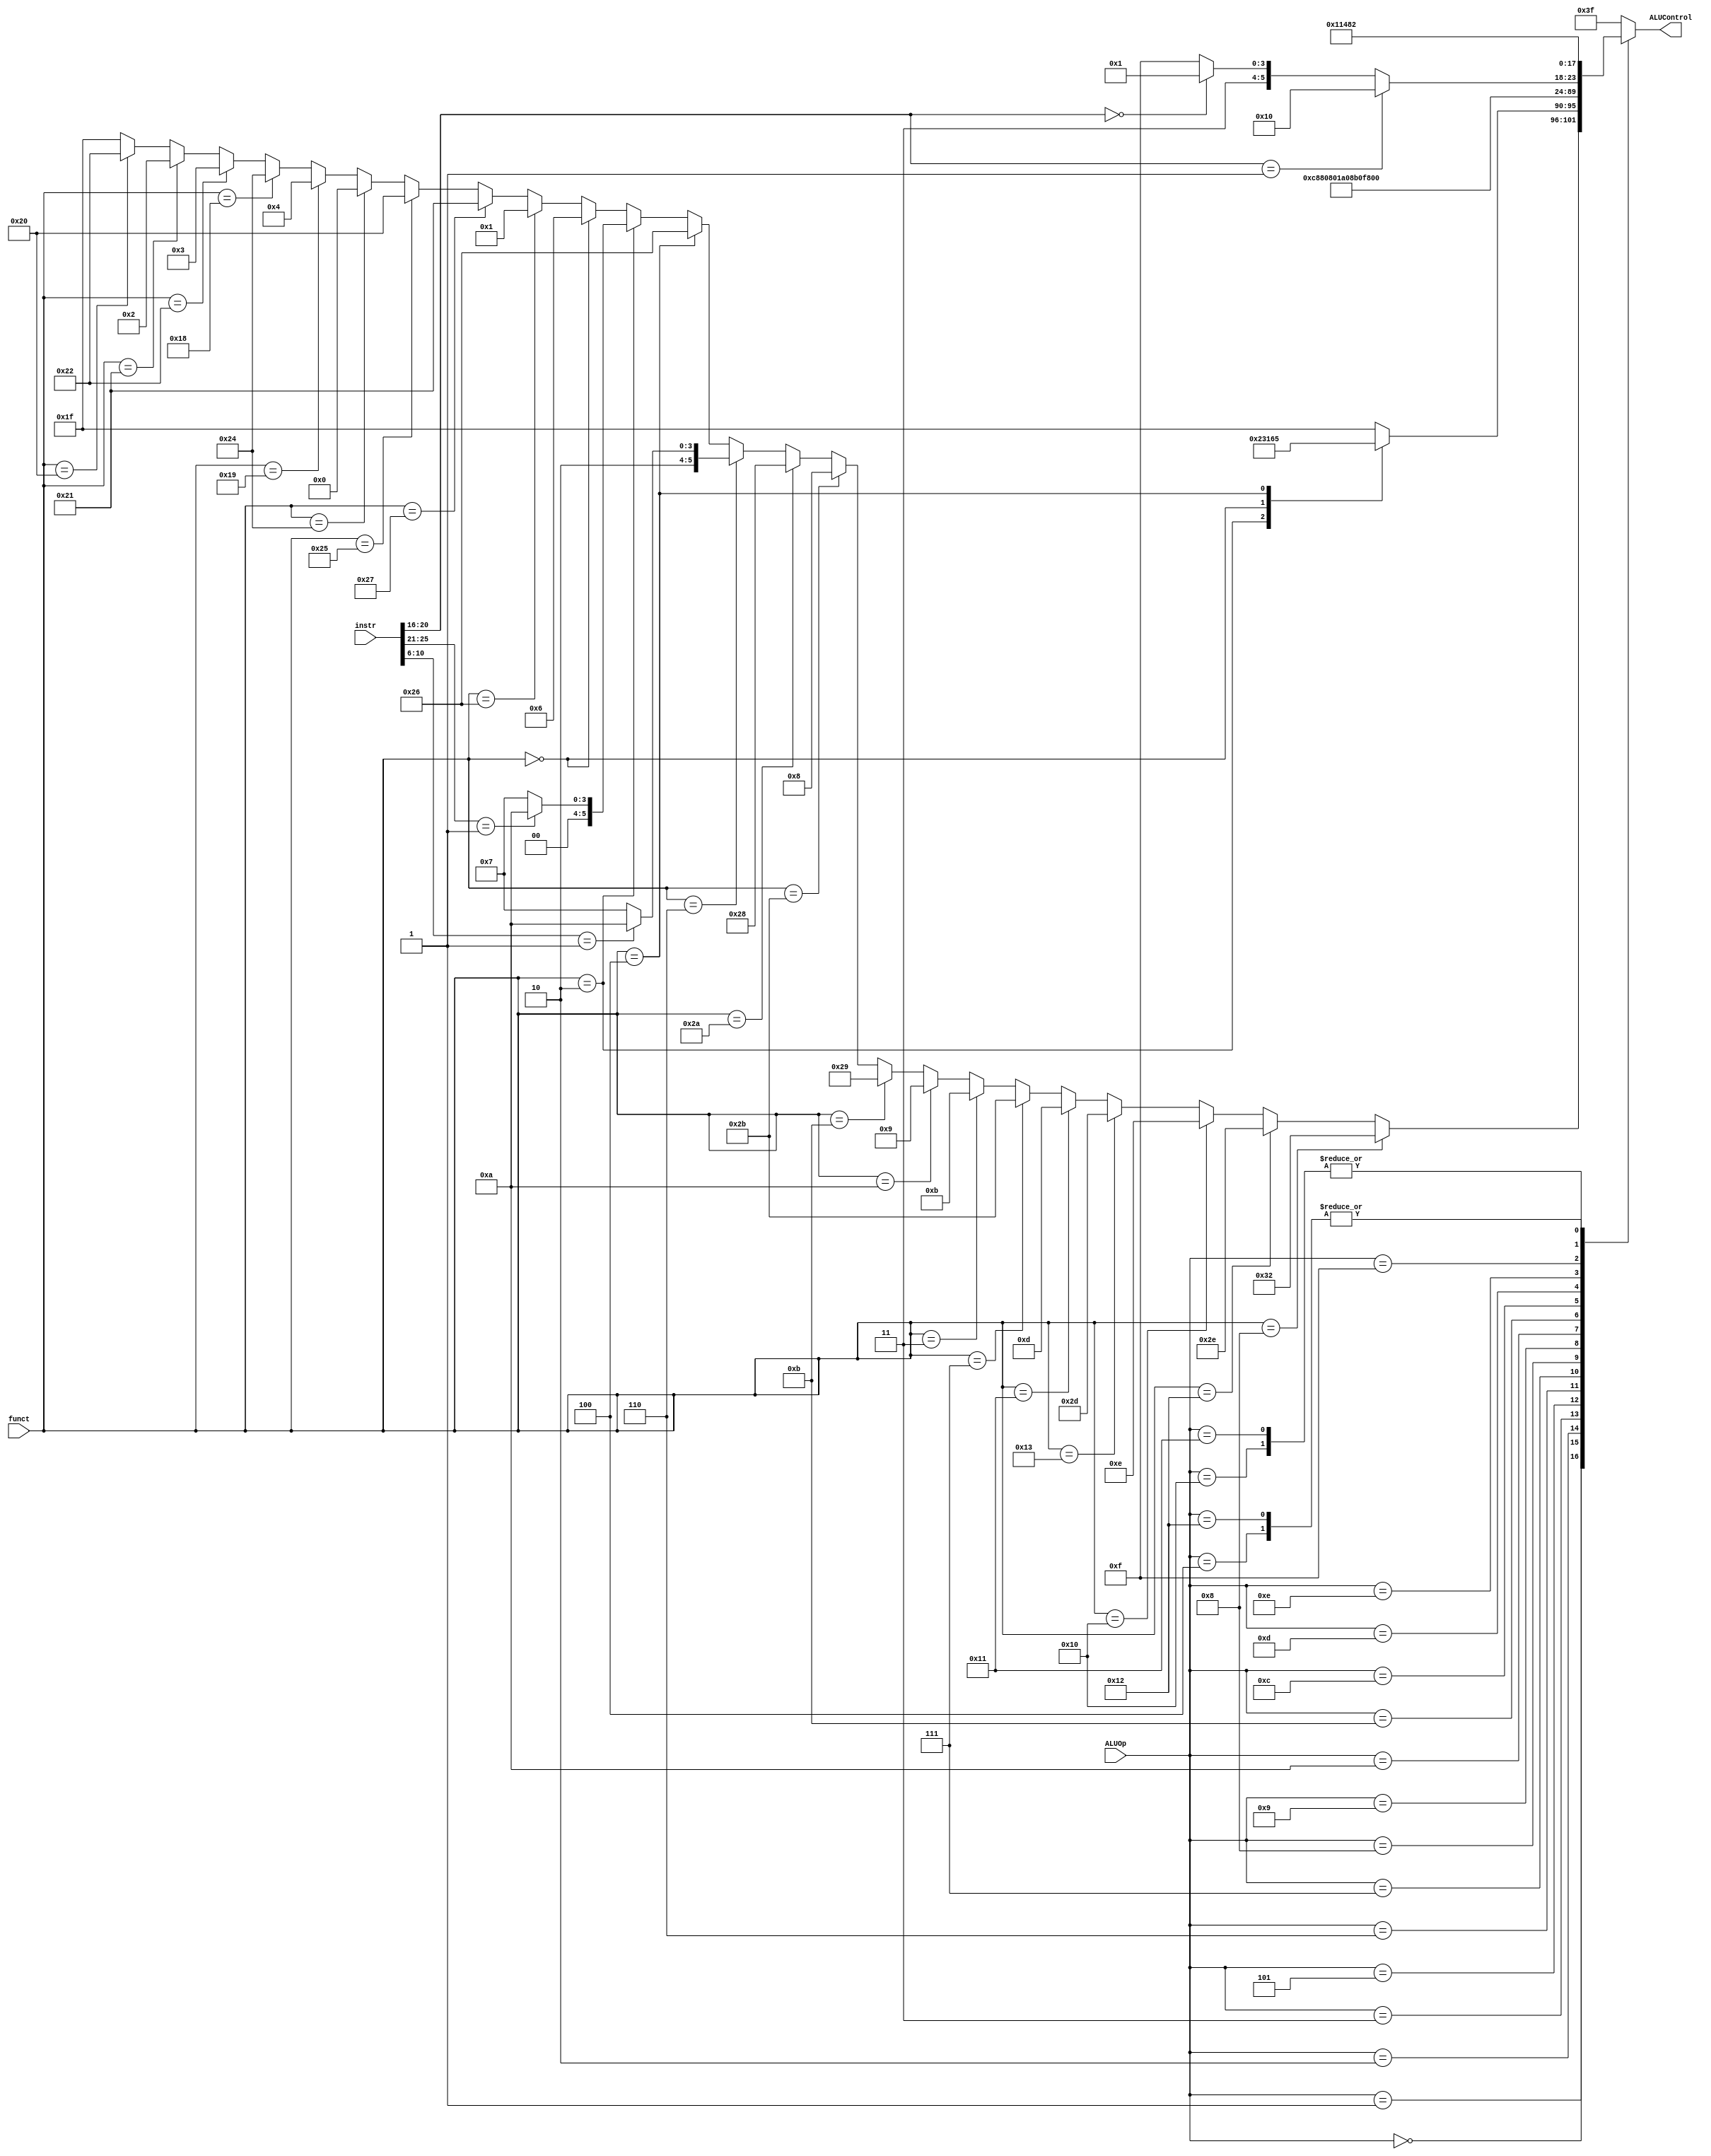
`timescale 1ns / 1ps
//////////////////////////////////////////////////////////////////////////////////
// Company: University of Arizona
// 
// Module Name: ALUControl
//////////////////////////////////////////////////////////////////////////////////


module ALUControl(instr, ALUOp, funct, ALUControl);

    input [31:0] instr;
    input [4:0] ALUOp;
    input [5:0] funct;
    
    output reg [5:0] ALUControl;
    
    
    always @(*)
    begin
        ALUControl <= 6'b11111;
        case(ALUOp)
            5'b00000:   // "SPECIAL" opcodes
            begin
                //case (funct)
                    if(funct == 6'b100000)  // Add signed
                    begin
                        ALUControl <= 6'b100010;
                    end
                    
                    if(funct == 6'b100001)  // Add unsigned
                    begin
                        ALUControl <= 6'b000010;
                    end
                    
                    if(funct == 6'b100010)  // Subtract signed
                    begin
                        ALUControl <= 6'b000011;
                    end
                    
                    if(funct == 6'b011000)  // Multiply Word signed
                    begin
                        ALUControl <= 6'b100100;
                    end
                    
                    if(funct == 6'b011001)  // Multiply Word unsigned
                    begin
                        ALUControl <= 6'b000100;
                    end
                    
                    if(funct == 6'b100100)  //AND signed
                    begin
                        ALUControl <= 6'b000000;
                    end
                    
                    if(funct == 6'b100101)  //OR signed
                    begin
                        ALUControl <= 6'b100000;
                    end
                    
                    if(funct == 6'b100111)  //NOR signed
                    begin
                        ALUControl <= 6'b100001;
                    end
                    
                    if(funct == 6'b100110)  //XOR signed
                    begin
                        ALUControl <= 6'b000001;
                    end
                    
                    if(funct == 6'b000000)  //Shift Left Logical
                    begin
                        ALUControl <= 6'b000110;
                    end
                    
                    if(funct == 6'b000010)  //Shift Right Logical
                    begin
                        if (instr[25:21] == 1) begin
                            ALUControl <= 6'b001010;
                            end
                        else begin
                            ALUControl <= 6'b000111;
                        end
                    end
                    
                    if(funct == 6'b000100)  //Shift Left Logical Variable
                    begin
                        ALUControl <= 6'b100110;
                    end
                    
                    if(funct == 6'b000110)  //Shift Right Logical Variable
                    begin
                        if (instr[10:6] == 1) begin
                            ALUControl <= 6'b101010;
                        end
                        else begin
                            ALUControl <= 6'b100111;
                        end
                    end
                    
                    if(funct == 6'b101010)  //Set Less Than signed
                    begin
                        ALUControl <= 6'b101000;
                    end
                    
                    if(funct == 6'b101011)  //Set Less Than unsigned
                    begin
                        ALUControl <= 6'b001000;
                    end
                    
                    if(funct == 6'b001011)  //Move Conditional Not Zero
                    begin
                        ALUControl <= 6'b101001;
                    end
                    
                    if(funct == 6'b001010)  //Move Conditional Zero
                    begin
                        ALUControl <= 6'b001001;
                    end
                    
                    if(funct == 6'b000011)  //Shift Right Arithmetic
                    begin
                        ALUControl <= 6'b001011;
                    end
                    
                    if(funct == 6'b000111)  //Shift Right Arithmetic Variable
                    begin
                        ALUControl <= 6'b101011;
                    end
                    
                    if(funct == 6'b001000)  //Jump Register
                    begin
                        ALUControl <= 6'b110010;
                    end
                    ////////////////////////////////////////////
                    // PHASE 2
                    // LAB 14-15
                    ////////////////////////////////////////////
                    
                    //implement later
                    if(funct == 6'b010001)  // Move to Hi Register
                    begin
                        ALUControl <= 6'b001101;
                    end
                    
                    if(funct == 6'b010011)  // Move to Lo Register
                    begin
                        ALUControl <= 6'b101101;
                    end
                    
                    if(funct == 6'b010000)  // Move from Hi Register
                    begin
                        ALUControl <= 6'b001110;
                    end
                    
                    if(funct == 6'b010010)  // Move from Lo Register
                    begin
                        ALUControl <= 6'b101110;
                    end
                    
                    if(funct == 6'b001000)  // Jump Register
                    begin
                        ALUControl <= 6'b110010;
                    end
            end
            
            5'b00001:   // "SPECIAL2" opcode
            begin
                case (funct)
                    6'b000010:  // MUL
                    begin
                        ALUControl <= 6'b100011;
                    end
                    
                    6'b000000:  // MAdd
                    begin
                        ALUControl <= 6'b000101;
                    end
                    
                    6'b000100:  // MSub
                    begin
                        ALUControl <= 6'b100101;
                    end
                endcase
               // ALUControl <= 6'b010011;
            end
                        
            5'b00010:   // "SPECIAL3" opcode  SEH/SEB
            begin
                ALUControl <= 6'b001100;
            end
                        
            5'b00011:   // Add Immediate Signed
            begin
                ALUControl <= 6'b100010;
            end
                        
            5'b00100:   // Add Immediate Unsigned
            begin
                ALUControl <= 6'b000010;
            end
                        
            5'b00101:   // AND Immediate
            begin
                ALUControl <= 6'b000000;
            end
                        
            5'b00110:   // OR Immediate
            begin
                ALUControl <= 6'b100000;
            end

            5'b00111:   // XOR Immediate
            begin
                ALUControl <= 6'b000001;
            end
            
            5'b01000:   // SLT Immediate Signed
            begin
                ALUControl <= 6'b101000;
            end
                        
            5'b01001:   // SLT Immediate Unsigned
            begin
                ALUControl <= 6'b001000;
            end
            
            5'b01010:   // Load Upper Immediate
            begin
                ALUControl <= 6'b101100;
            end
            
            5'b01011:   // Branch Equal (BEQ)
            begin
                ALUControl <= 6'b001111;
            end
            
            5'b01100:   // Branch NOT Equal (BNE)
            begin
                ALUControl <= 6'b101111;
            end
            
            5'b01101:   // Branch Greater than Zero (BGTZ)
            begin
                ALUControl <= 6'b110000;
            end
            
            5'b01110:   // REGIMM, BGEZ (rt == 1) or BLTZ (rt == 0)
            begin
                if (instr[20:16] == 1)
                begin
                    ALUControl <= 6'b010000;
                end
                else if (instr[20:16] == 0)
                begin
                    ALUControl <= 6'b110001;
                end
                else
                begin
                    ALUControl <= 6'b111111; // throwaway
                end
            end
            
            5'b01111:   // Branch less than or Equal zero (BLEZ)
            begin
                ALUControl <= 6'b010001;
            end
            
            5'b10000:   // Jump
            begin 
                ALUControl <= 6'b010010; 
            end
            
            5'b10001:   // Jump and Link
            begin 
                ALUControl <= 6'b010010; 
            end
            
            5'b10010:   // Loads/Stores, since it's just an add operation
            begin 
                ALUControl <= 6'b000010; 
            end
            
            ////////////////////////////////////
            // Unused at the moment, but
            // there in case we need em
            //////////////////////////////////
            
            5'b10011: 
            begin 
                ALUControl <= 6'b111111; 
            end
            
            5'b10100: 
            begin 
                ALUControl <= 6'b111111; 
            end
            
            5'b10101: 
            begin 
                ALUControl <= 6'b111111; 
            end
            
            5'b10110: 
            begin 
                ALUControl <= 6'b111111; 
            end
            
            default:
            begin
                ALUControl <= 6'b111111;
            end
        endcase
    end
    
endmodule